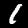
Label: 1